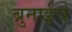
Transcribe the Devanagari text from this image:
ब्रुनाईचं